Bombay plague: being a history of the progress of plague in the Bombay presidency from September 1896 to June 1899
Year: 1896
Disease focus: Plague
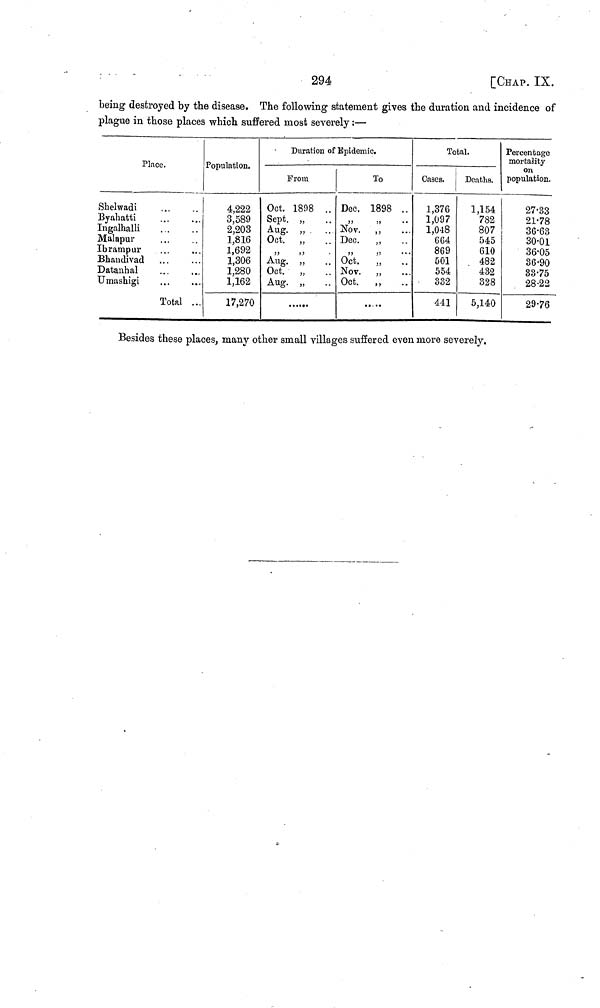
294
[CHAP. IX.
being destroyed by the disease. The following statement gives the duration and incidence of
plague in those places which suffered most severely :—
Place.
Shelwadi ...
Byahatti ...
Ingalhalli
...
Malapur ...
Ibrampur ...
Bhandivad ...
Datanhal ...
Umashigi ...
Total ...
Population.
4,222
3,589
2,203
1,816
1,692
1,306
1,280
1,162
17,270
Duration of Epidemic.
From
Oct. 1898 ...
Sept. ,, ...
Aug. ,, ...
Oct. ,, ...
,, ,, ...
Aug.
Oct.
Aug.
...
...
To
Dec. 1898
Nov. ,,
Dec. ,,
,, ,,
Oct. ,,
Nov. ,,
Oct. ,,
....
...
...
...
...
...
Total.
Cases.
1,376
1,097
1,048
664
869
501
554
332
441
Deaths.
1,154
782
807
545
610
482
432
328
5,140
Percentage
mortality
on
population.
27•33
21• 78
36•63
30•01
36• 05
36• 90
33• 75
28• 22
29• 76
Besides these places, many other small villages suffered even more severely,